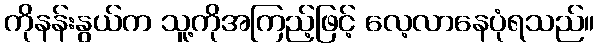
ကိုနန်းနွယ်က သူ့ကိုအကြည့်ဖြင့် လေ့လာနေပုံရသည်။